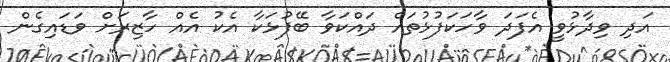
އަދި ވިދާޅުވީ އެފަދަ ވާހަކަފުޅުތައް ދައްކަވާ ބޭފުޅަކާ އެކު އެއް ހާޒިރަށް ވަޑައިގެން